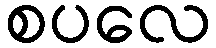
စပလေ